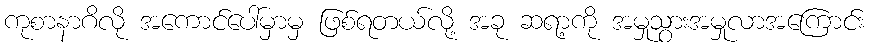
ကုစာနာဂိလို အကောင်ပေါ်မှာမှ ဖြစ်ရတယ်လို့ အခု ဆရာ့ကို အမှုသွားအမှုလာအကြောင်း